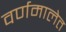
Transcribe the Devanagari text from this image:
वर्णमालेत